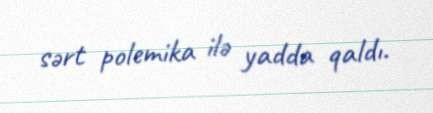
sərt polemika ilə yadda qaldı.